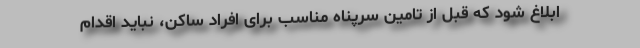
ابلاغ شود که قبل از تامین سرپناه مناسب برای افراد ساکن، نباید اقدام